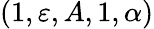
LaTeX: (1,\varepsilon,A,1,\alpha)